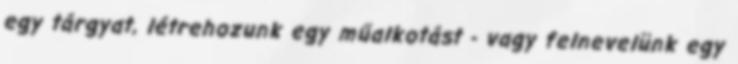
egy tárgyat, létrehozunk egy műalkotást - vagy felnevelünk egy